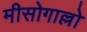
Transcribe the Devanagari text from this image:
मीसोगाल्लो